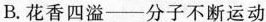
B.花香四溢——分子不断运动